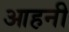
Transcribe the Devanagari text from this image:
आहनी